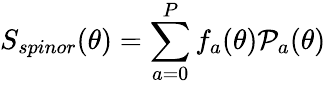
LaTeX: S_{spinor}(\theta)=\sum_{a=0}^{P}f_{a}(\theta){\cal P}_{a}(\theta)